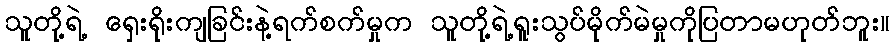
သူတို့ရဲ့ ရှေးရိုးကျခြင်းနဲ့ရက်စက်မှုက သူတို့ရဲ့ရူးသွပ်မိုက်မဲမှုကိုပြတာမဟုတ်ဘူး။